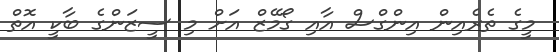
މީގެ ތެރެއިން އިންގްސް އާއި ގޯމޭޒް އަށް މި ސީޒަންގެ ބާކީ އޮތް